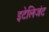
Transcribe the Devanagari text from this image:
इटेलिजंट